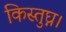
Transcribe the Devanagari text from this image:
किस्तुघ्न।